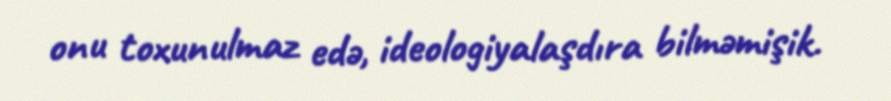
onu toxunulmaz edə, ideologiyalaşdıra bilməmişik.